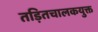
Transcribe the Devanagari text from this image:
तड़ितचालकयुक्त